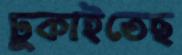
ঢুকাইতেছ